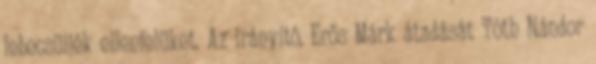
lebecsüljék ellenfelüket. Az irányító, Erős Márk átadását Tóth Nándor